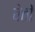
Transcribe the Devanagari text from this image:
वेतों